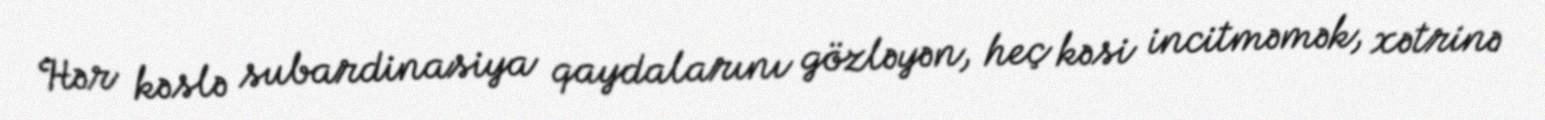
Hər kəslə subardinasiya qaydalarını gözləyən, heç kəsi incitməmək, xətrinə